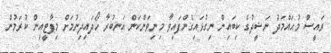
ރައީސް މުޙައްމަދު ނަޝީދުގެ ކިބައިން ނިގުޅައިގެންފައިވާ މިނިވަންކަން އަނބުރާ ހޯދައިދިނުމަށް މިޕާޓީއިން ކުރަމުން